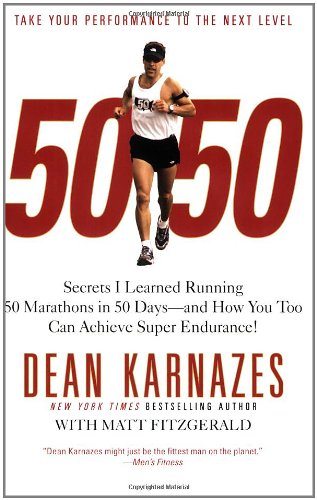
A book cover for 50/50: Secrets I Learned Running 50 Marathons in 50 Days -- and How You Too Can Achieve Super Endurance!; Dean Karnazes; Sports & Outdoors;